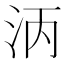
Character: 𬇞